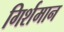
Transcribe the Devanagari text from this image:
गिर्शमान